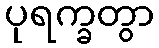
ပုရက္ခတွာ